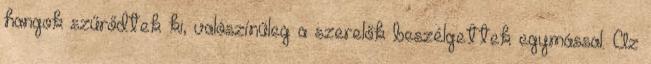
hangok szűrődtek ki, valószínűleg a szerelők beszélgettek egymással. Az